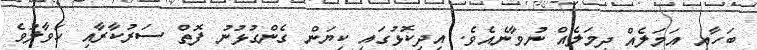
ބަހާއި އަމަލެއް ދިމަލެއް ނުވާނެއެވެ. އިދިކޮޅުގައި ކިޔަން ގެންގުޅުނު ފޮތް ސަރުކާރާއި ހަވާލުވެ